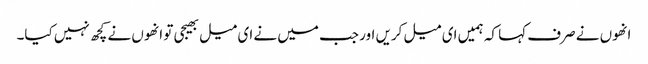
انھوں نے صرف کہا کہ ہمیں ای میل کریں اور جب میں نے ای میل بھیجی تو انھوں نے کچھ نہیں کیا۔